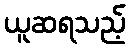
ယူဆရသည့်